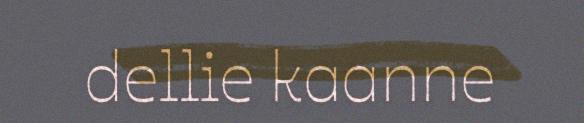
dellie kaanne